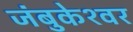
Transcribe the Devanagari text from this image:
जंबुकेश्‍वर